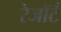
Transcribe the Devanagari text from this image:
रेजॉर्ट